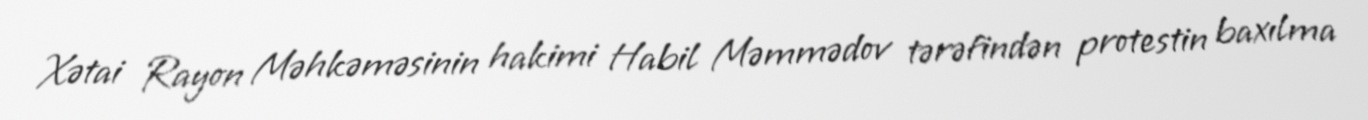
Xətai Rayon Məhkəməsinin hakimi Habil Məmmədov tərəfindən protestin baxılma